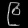
Digit: ၉